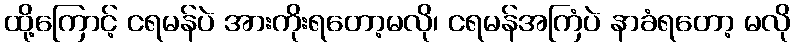
ထို့ကြောင့် ငရမန်ပဲ အားကိုးရတော့မလို၊ ငရမန်အကြံပဲ နာခံရတော့ မလို